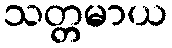
သတ္တမာယ